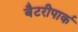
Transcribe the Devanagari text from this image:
बैटरीपार्क